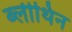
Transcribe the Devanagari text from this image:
ब्लीथिन